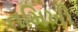
તમિખી